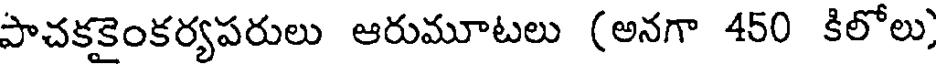
పాచకకైంకర్యపరులు ఆరుమూటలు (అనగా 450 కిలోలు)